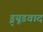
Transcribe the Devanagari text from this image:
ड्र्यूडवाद